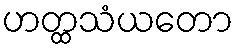
ဟတ္ထသံယတော